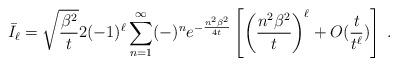
LaTeX: \begin{align*}\bar I_\ell = \sqrt{\frac{\beta^2}{t}}2(-1)^\ell\sum_{n=1}^\infty(-)^ne^{-\frac{n^2\beta^2}{4t}}\left[\left(\frac{n^2\beta^2}{t}\right)^\ell + O(\frac{t}{t^\ell}) \right]\;.\end{align*}